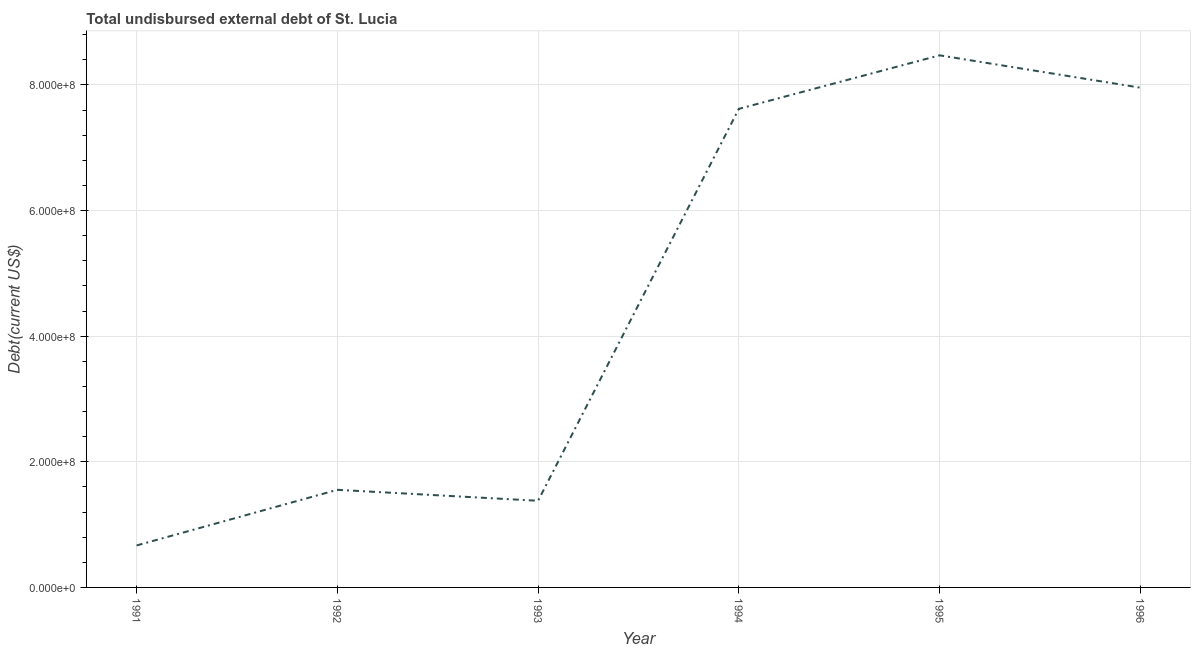
| Year | Total debt |
 | --- | --- |
 | 1991 | 6.68e+07 |
 | 1992 | 1.55e+08 |
 | 1993 | 1.38e+08 |
 | 1994 | 7.62e+08 |
 | 1995 | 8.47e+08 |
 | 1996 | 7.96e+08 |